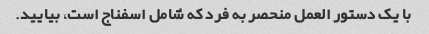
با یک دستور العمل منحصر به فرد که شامل اسفناج است، بیایید.